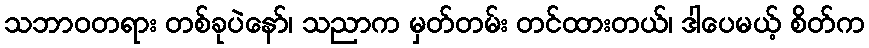
သဘာဝတရား တစ်ခုပဲနော်၊ သညာက မှတ်တမ်း တင်ထားတယ်၊ ဒါပေမယ့် စိတ်က